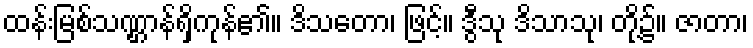
ထန်းမြစ်သဏ္ဌာန်ရှိကုန်၏။ ဒိသတော၊ ဖြင့်။ ဒွီသု ဒိသာသု၊ တို့၌။ ဇာတာ၊